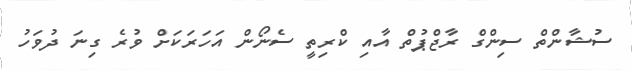
ސުޝާންތް ސިންގް ރާޖްޕުތް އާއި ކްރިތީ ސެނޯން އަހަރަކަށް ވުރެ ގިނަ ދުވަހު